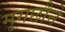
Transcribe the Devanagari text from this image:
मृगछौने